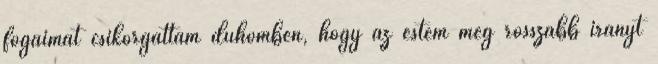
fogaimat csikorgattam dühömben, hogy az estém még rosszabb irányt